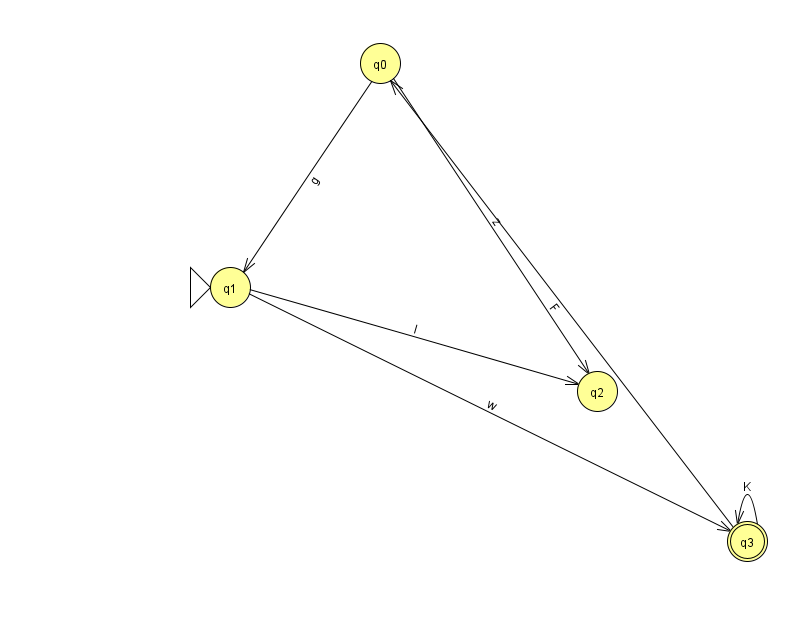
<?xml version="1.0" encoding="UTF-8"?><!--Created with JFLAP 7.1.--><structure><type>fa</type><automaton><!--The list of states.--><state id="0" name="q0"><x>380.0</x><y>50.0</y></state><state id="1" name="q1"><x>230.0</x><y>274.0</y><initial/></state><state id="2" name="q2"><x>597.0</x><y>378.0</y></state><state id="3" name="q3"><x>747.0</x><y>528.0</y><final/></state><!--The list of transitions.--><transition><from>0</from><to>2</to><read>z</read></transition><transition><from>3</from><to>0</to><read>F</read></transition><transition><from>1</from><to>3</to><read>w</read></transition><transition><from>1</from><to>2</to><read>l</read></transition><transition><from>0</from><to>1</to><read>g</read></transition><transition><from>3</from><to>3</to><read>K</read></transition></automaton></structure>